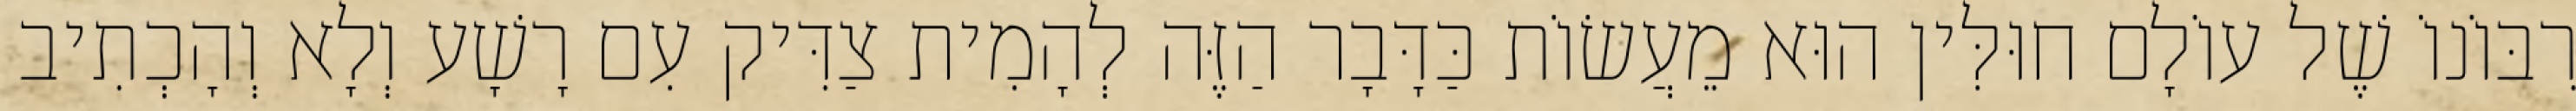
רִבּוֹנוֹ שֶׁל עוֹלָם חוּלִּין הוּא מֵעֲשׂוֹת כַּדָּבָר הַזֶּה לְהָמִית צַדִּיק עִם רָשָׁע וְלָא וְהָכְתִיב